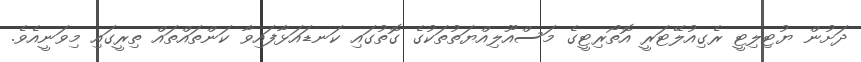
ދަށުން ޔުޓިލިޓީ ރެގިއުލޭޓަރީ އޮތޯރިޓީގެ މަސްއޫލިއްޔަތުތަކުގެ ގޮތުގައި ކަނޑައަޅާފައިވާ ކަންތައްތައް ތިރީގައި މިވަނީއެވެ.